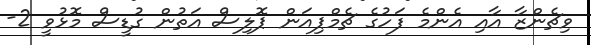
ވިޗެންޒާ އާއި އެންމެ ފަހުގެ ޗެމްޕިއަން ޕޮލިސް އަތުން ގުޑީސް މޮޅުވީ 2-